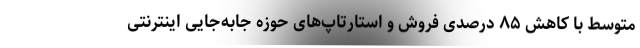
متوسط با کاهش ۸۵ درصدی فروش و استارتاپ‌های حوزه جابه‌جایی اینترنتی